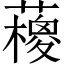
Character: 𱾵